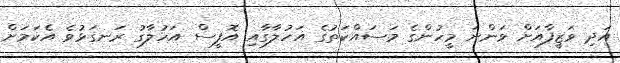
އަދި ވަޒީފާއަށް ވަންނަ މީހުންގެ މަސައްކަތުގެ އަހުލާގާއި އޮފީސް އަހުލާގު ރަނގަޅުވެ އެކަމަށް